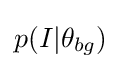
p(I|\theta _{bg})